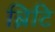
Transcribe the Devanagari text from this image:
ब्रिटि